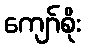
ကျော်စိုး